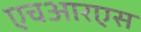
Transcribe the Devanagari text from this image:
एचआरएस